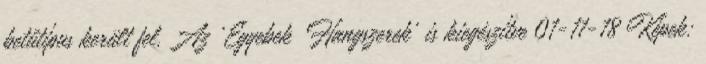
betűtípus került fel. Az 'Egyebek Hangszerek' is kiegészítve 01-11-18 Képek: